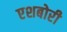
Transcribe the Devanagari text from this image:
एशबोरी